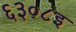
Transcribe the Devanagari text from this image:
६३०८इ